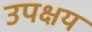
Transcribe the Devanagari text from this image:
उपक्षय